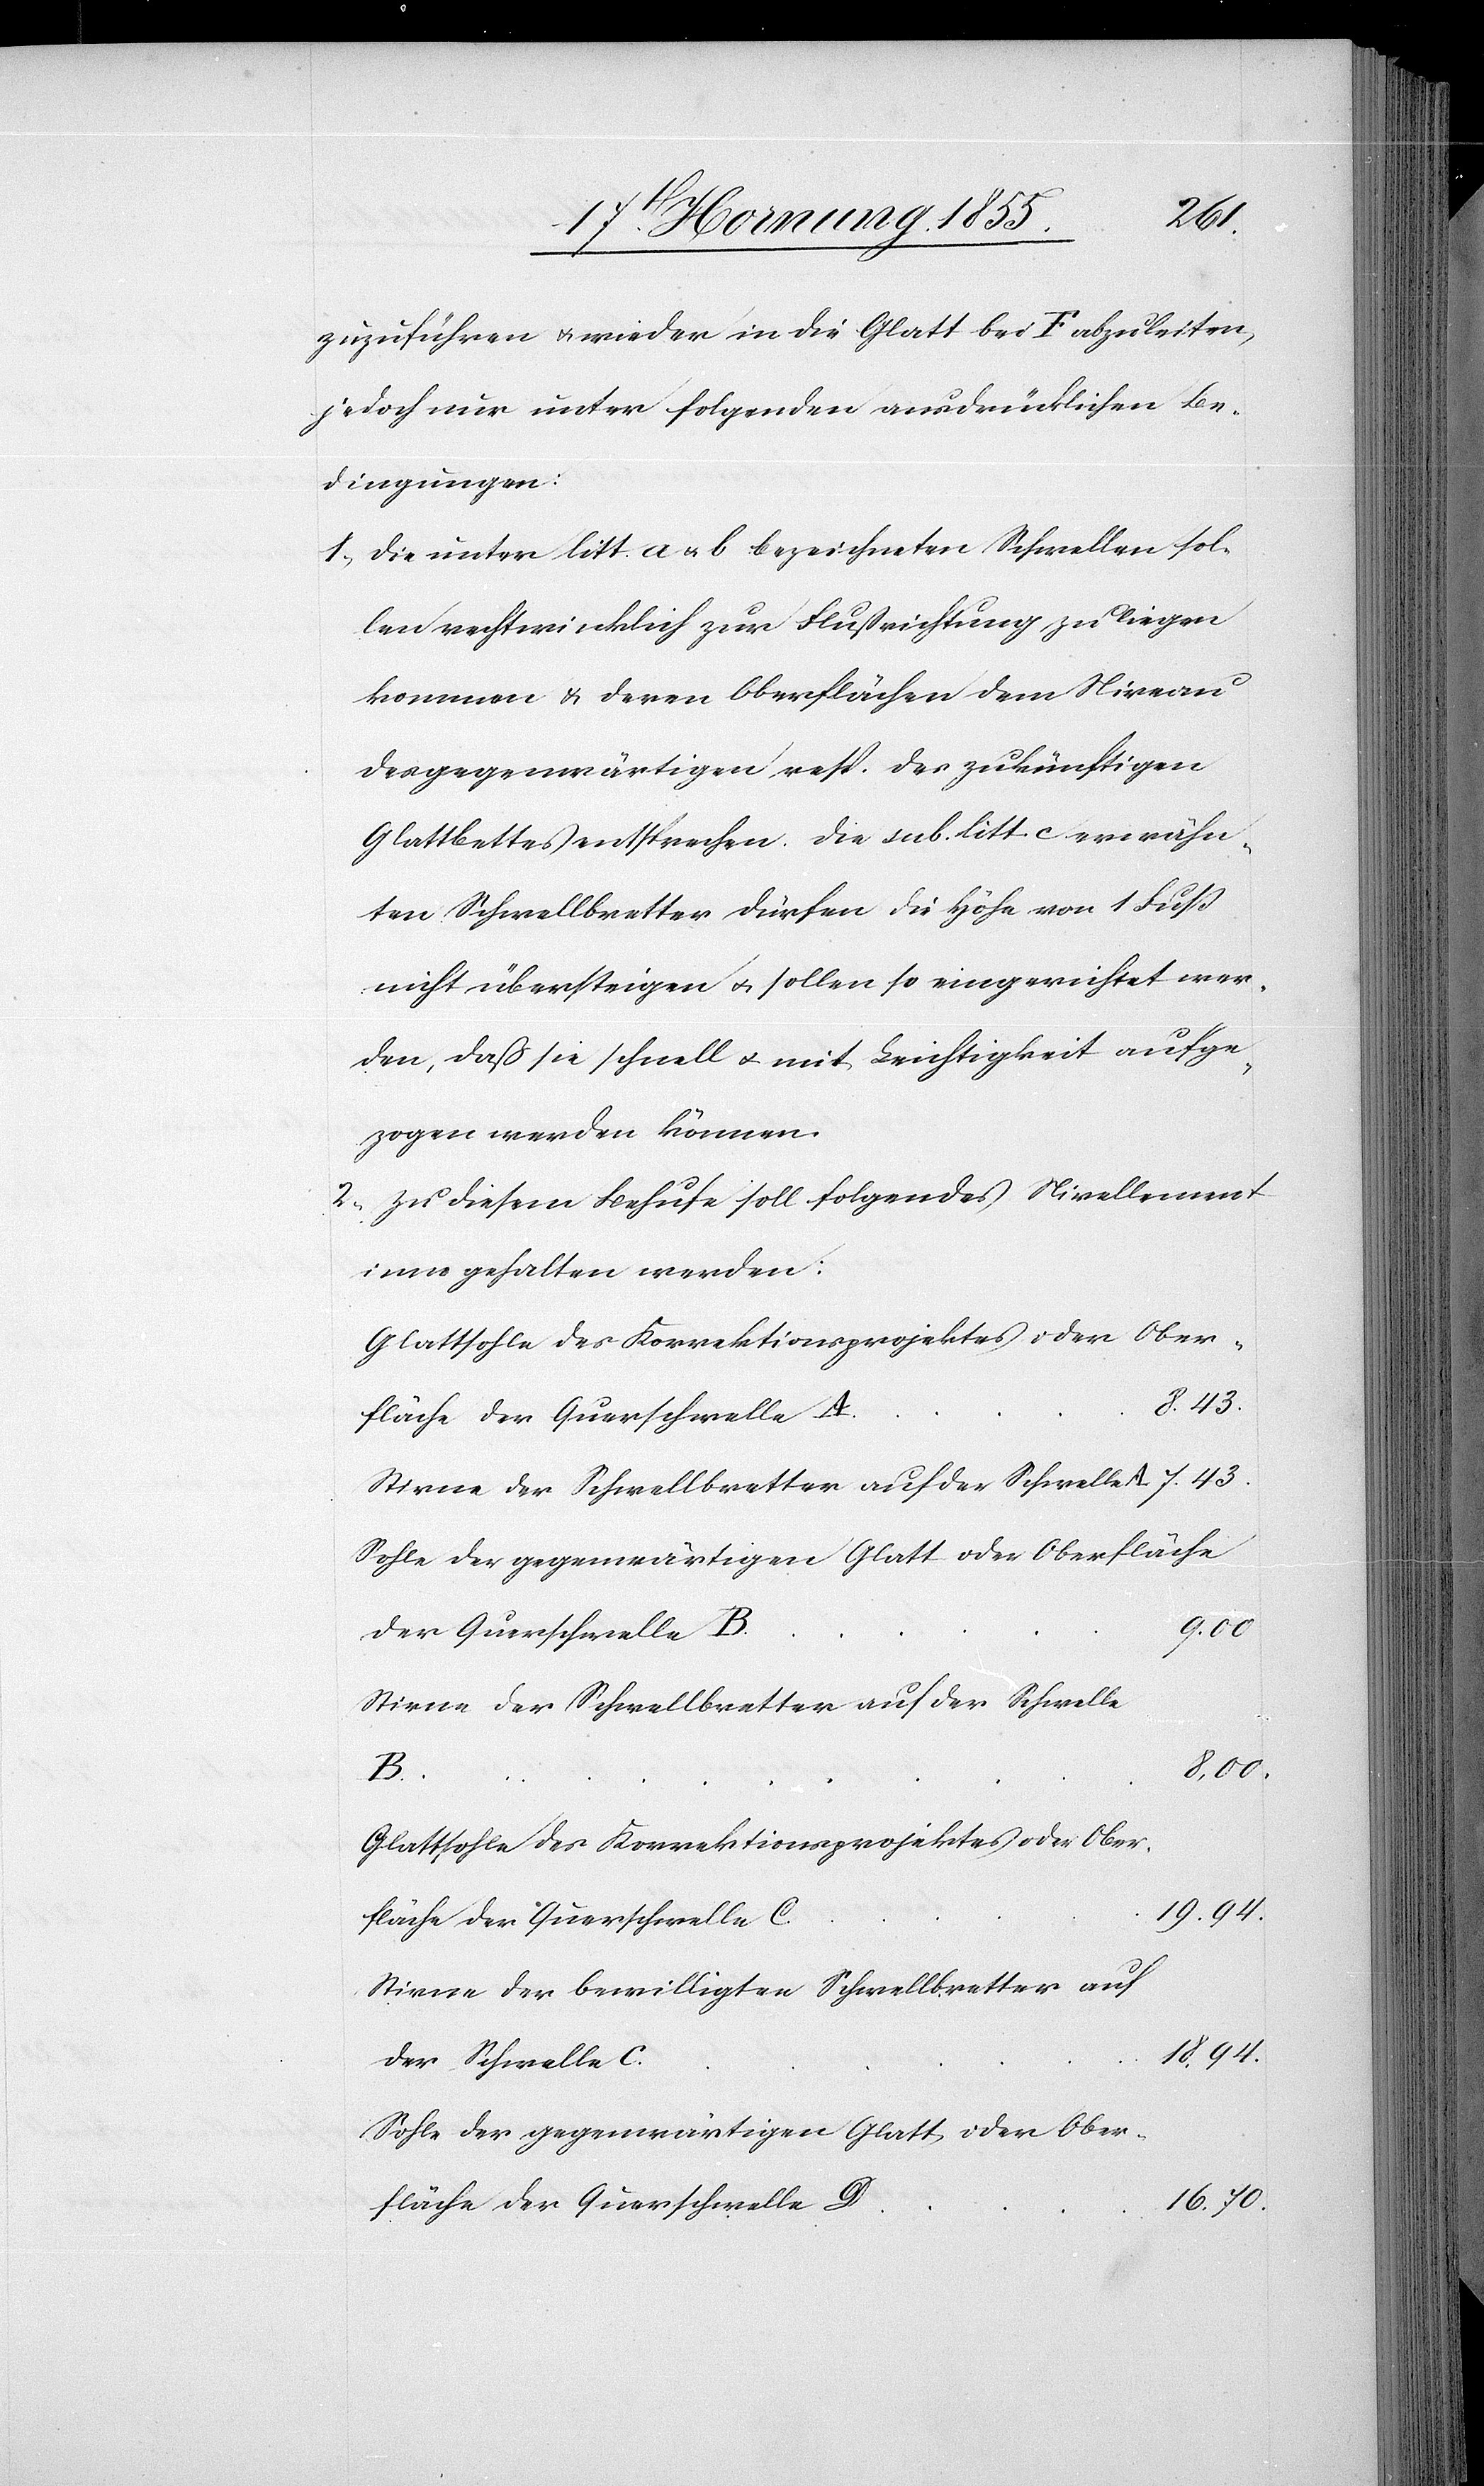
zuzuführen & wieder in die Glatt bei F abzuleiten,
jedoch nur unter folgenden ausdrücklichen Be¬
dingungen:
Die unter litt. a & b bezeichneten Schwellen sol¬
len rechtwinklich zur Flußrichtung zu liegen
kommen & deren Oberflächen dem Niveau
des gegenwärtigen resp. des zukünftigen
Glattbettes entsprechen. Die sub litt. c erwähn¬
ten Schwellbretter dürfen die Höhe von 1 Fuß
nicht übersteigen & sollen so eingerichtet wer¬
den, daß sie schnell & mit Leichtigkeit aufge¬
zogen werden können.
Zu diesem Behufe soll folgendes Nivellement
innegehalten werden:
Glattsohle des Korrektionsprojektes oder Ober¬
fläche der Querschwelle C
Sohle der gegenwärtigen Glatt oder Oberfläche
9.00
der Querschwelle D
Stirne der Schwellbretter auf der Schwelle
8,00.
Glattsohle des Korrektionsprojektes oder Ober¬
Stirne der bewilligten Schwellbretter auf
18,94.
der Schwelle C.
16,70.